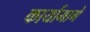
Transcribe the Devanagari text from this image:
कार्यामागे